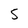
Character: 5